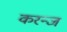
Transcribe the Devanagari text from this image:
करन्‍ज